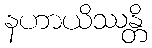
နဟာယိဿန္တိ